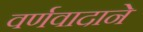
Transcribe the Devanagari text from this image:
वर्णवादाने